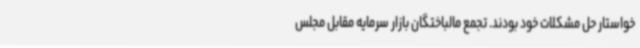
خواستار حل مشکلات خود بودند. تجمع مالباختگان بازار سرمایه مقابل مجلس